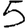
Digit: 5